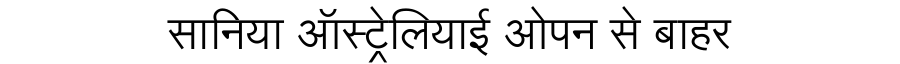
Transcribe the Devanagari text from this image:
सानिया ऑस्ट्रेलियाई ओपन से बाहर